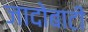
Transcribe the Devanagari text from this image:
जादोबाटी